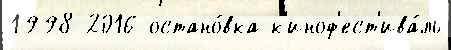
1998 2016 остано́вка к'иноф'ест'ива́ль